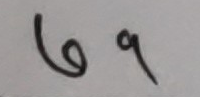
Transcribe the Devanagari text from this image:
७९